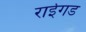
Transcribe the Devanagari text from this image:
राईगड